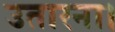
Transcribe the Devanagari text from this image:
उतारना।